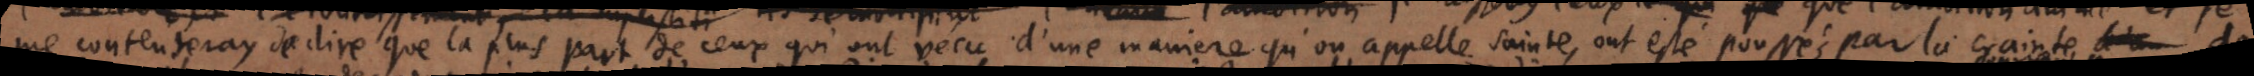
me contenteray de dire que la plus part de ceux qui ont vecu d’une maniere qu’on appelle sainte, ont esté poussés par la crainte de